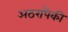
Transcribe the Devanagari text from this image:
अठरापैकी